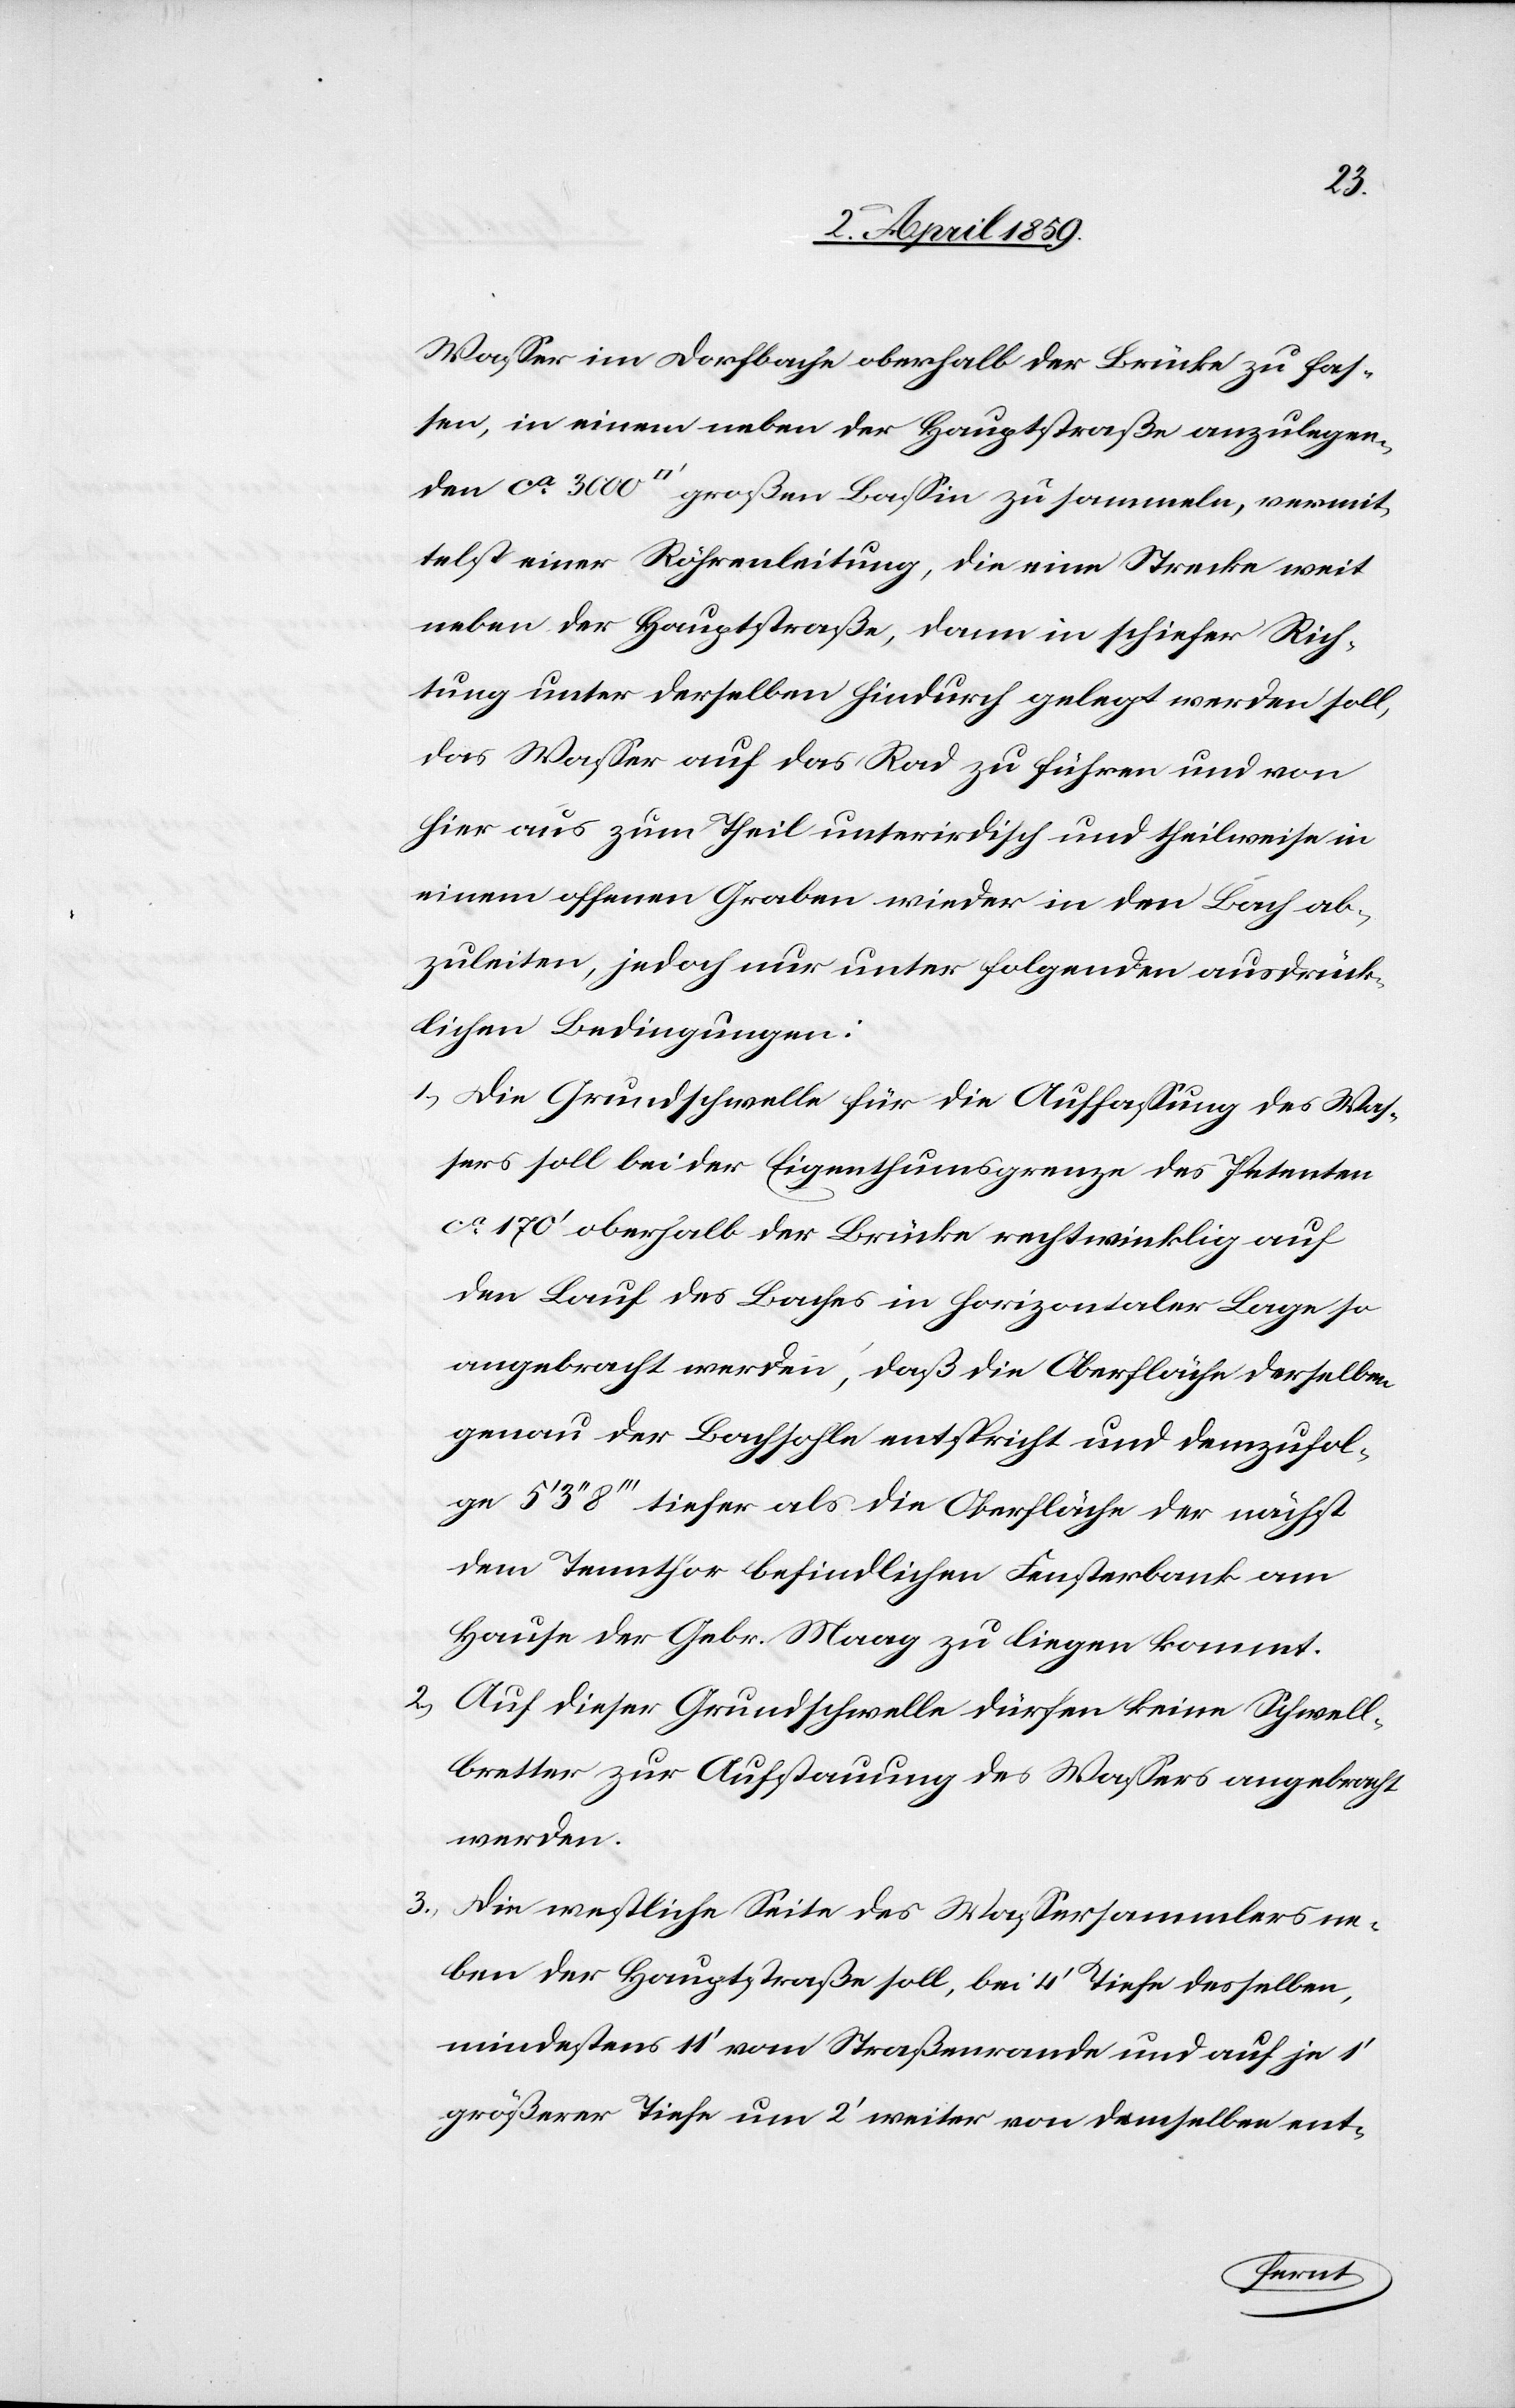
2)

Waßer im Dorfbache oberhalb der Brücke zu fas¬
sen, in einem neben der Hauptstraße anzulegen¬
den ca 3000 [Quadratfuß] großen Baßin zu sammeln, vermit¬
telst einer Röhrenleitung, die eine Strecke weit
neben der Hauptstraße, dann in schiefer Rich¬
tung unter derselben hindurch gelegt werden soll,
das Waßer auf das Rad zu führen und von
hier aus zum Theil unterirdisch und theilweise in
einem offenen Graben wieder in den Bach ab¬
zuleiten, jedoch nur unter folgenden ausdrück¬
lichen Bedingungen:
1) Die Grundschwelle für die Auffaßung des Waß¬
ers soll bei der Eigenthumsgrenze des Petenten
ca 170‘ oberhalb der Brücke rechtwinklig auf
den Lauf des Baches in horizontaler Lage so
angebracht werden, daß die Oberfläche derselben
genau der Bachsohle entspricht und demzufol¬
ge 5‘ 3‘‘ 8‘‘‘ tiefer als die Oberfläche der nächst
dem Tennthor befindlichen Fensterbank am
Hause der Gebr. Maag zu liegen kommt.
Auf dieser Grundschwelle dürfen keine Schwell¬
bretter zur Aufstauung des Waßers angebracht
werden.
Die westliche Seite des Waßersammlers ne¬
ben der Hauptstraße soll, bei 4‘ Tiefe desselben,
mindestens 11‘ vom Straßenrande und auf je 1‘
größerer Tiefe um 2‘ weiter von demselben ent-